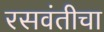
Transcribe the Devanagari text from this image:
रसवंतीचा